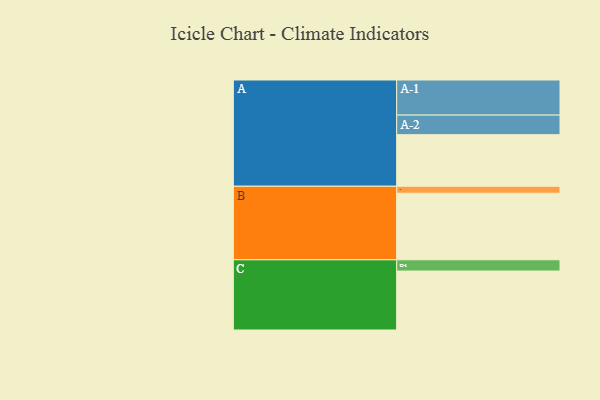
{"axis": {"x": "Segment", "y": "Value"}, "legend": ["", "A", "B", "C"], "data": [{"x": "A", "y": 435, "type": ""}, {"x": "B", "y": 561, "type": ""}, {"x": "C", "y": 497, "type": ""}, {"x": "A-1", "y": 296, "type": "A"}, {"x": "A-2", "y": 165, "type": "A"}, {"x": "B-1", "y": 59, "type": "B"}, {"x": "C-1", "y": 95, "type": "C"}]}